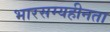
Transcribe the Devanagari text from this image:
भारसम्यहीनता